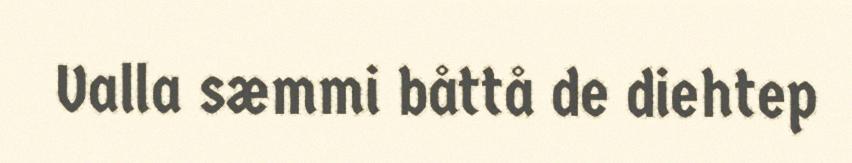
Valla sæmmi båttå de diehtep